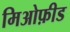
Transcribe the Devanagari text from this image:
मिओफ़ीड